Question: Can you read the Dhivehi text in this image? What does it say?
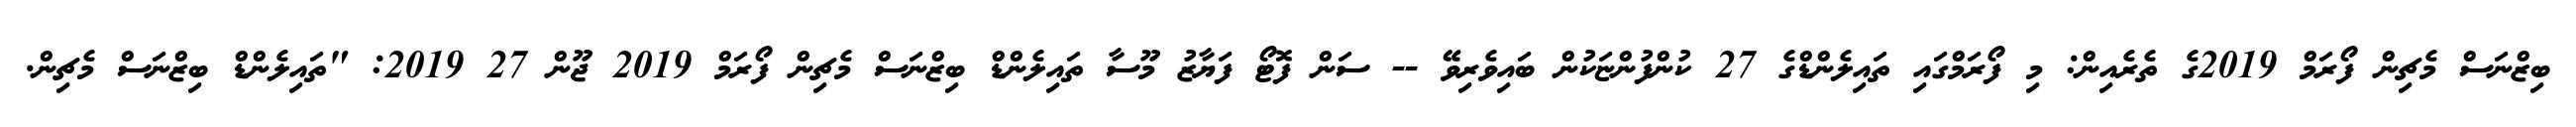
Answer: ބިޒްނަސް މެޗިން ފޯރަމް 2019ގެ ތެރެއިން: މި ފޯރަމްގައި ތައިލެންޑްގެ 27 ކުންފުންޏަކުން ބައިވެރިވޭ -- ސަން ފޮޓޯ ފަޔާޒު މޫސާ ތައިލެންޑް ބިޒްނަސް މެޗިން ފޯރަމް 2019 ޖޫން 27 2019: "ތައިލެންޑް ބިޒްނަސް މެޗިން.